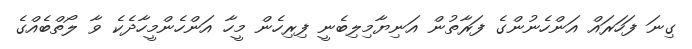
ގިނަ ފަހަރައް އަންހެނުންގެ ފަރާތުން އަނިޔާމިލިބެނީ ފިރިހެން މީހާ އަންހެންމީހާދެެކެ ވާ ލޯތްބެއްގެ